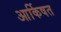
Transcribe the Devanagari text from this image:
आर्किषत